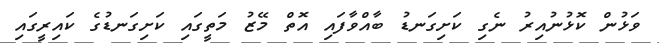
ވަޅުން ކޮޅުނުއިރު ނެގި ކަށިގަނޑު ބާއްވާފައި އޮތް މޭޒު މަތީގައި ކަށިގަނޑުގެ ކައިރީގައި